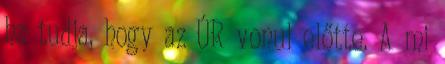
ha tudja, hogy az ÚR vonul előtte. A mi